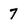
Character: 7